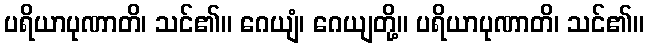
ပရိယာပုဏာတိ၊ သင်၏။ ဂေယျံ၊ ဂေယျတို့။ ပရိယာပုဏာတိ၊ သင်၏။